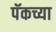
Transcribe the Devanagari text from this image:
पॅकच्या